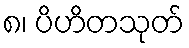
၈၊ ပိဟိတသုတ်